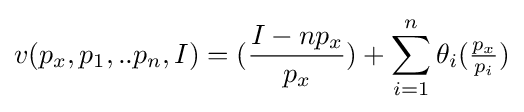
v(p_{x},p_{1},..p_{n},I)=({\frac {I-np_{x}}{p_{x}}})+\sum _{i=1}^{n}\theta _{i}({\tfrac {p_{x}}{p_{i}}})